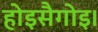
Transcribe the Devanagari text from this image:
होइसैगोइ।